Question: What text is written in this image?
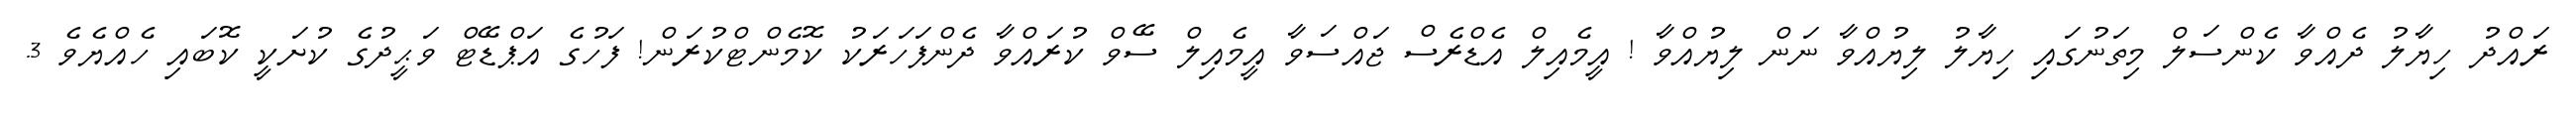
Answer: ރައްދު ހިޔާލު ދެއްވާ ކެންސަލް މިތަނުގައި ހިޔާލު ލިޔުއްވާ ނަން ލިޔުއްވާ ! އީމެއިލް އެޑްރެސް ޖައްސަވާ އީމެއިލް ސޭވް ކުރައްވާ ދެންފަހަރަކު ކޮމެންޓްކުރަން! ފަހުގެ އަޕްޑޭޓް ވަޙީދުގެ ކުށަކީ ކޮބައި ހެއްޔެވެ 3.